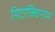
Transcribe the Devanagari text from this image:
मिटोक्विनोन